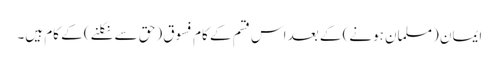
ایمان (مسلمان ہونے) کے بعد اس قسم کے کام فسوق (حق سے نکلنے) کے کام ہیں۔